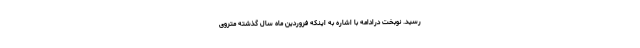
رسید. نوبخت درادامه با اشاره به اینکه فروردین ماه سال گذشته متروی